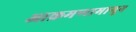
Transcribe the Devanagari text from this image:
आक्रमणामागून